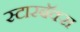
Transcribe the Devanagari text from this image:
स्टारबॅक्स